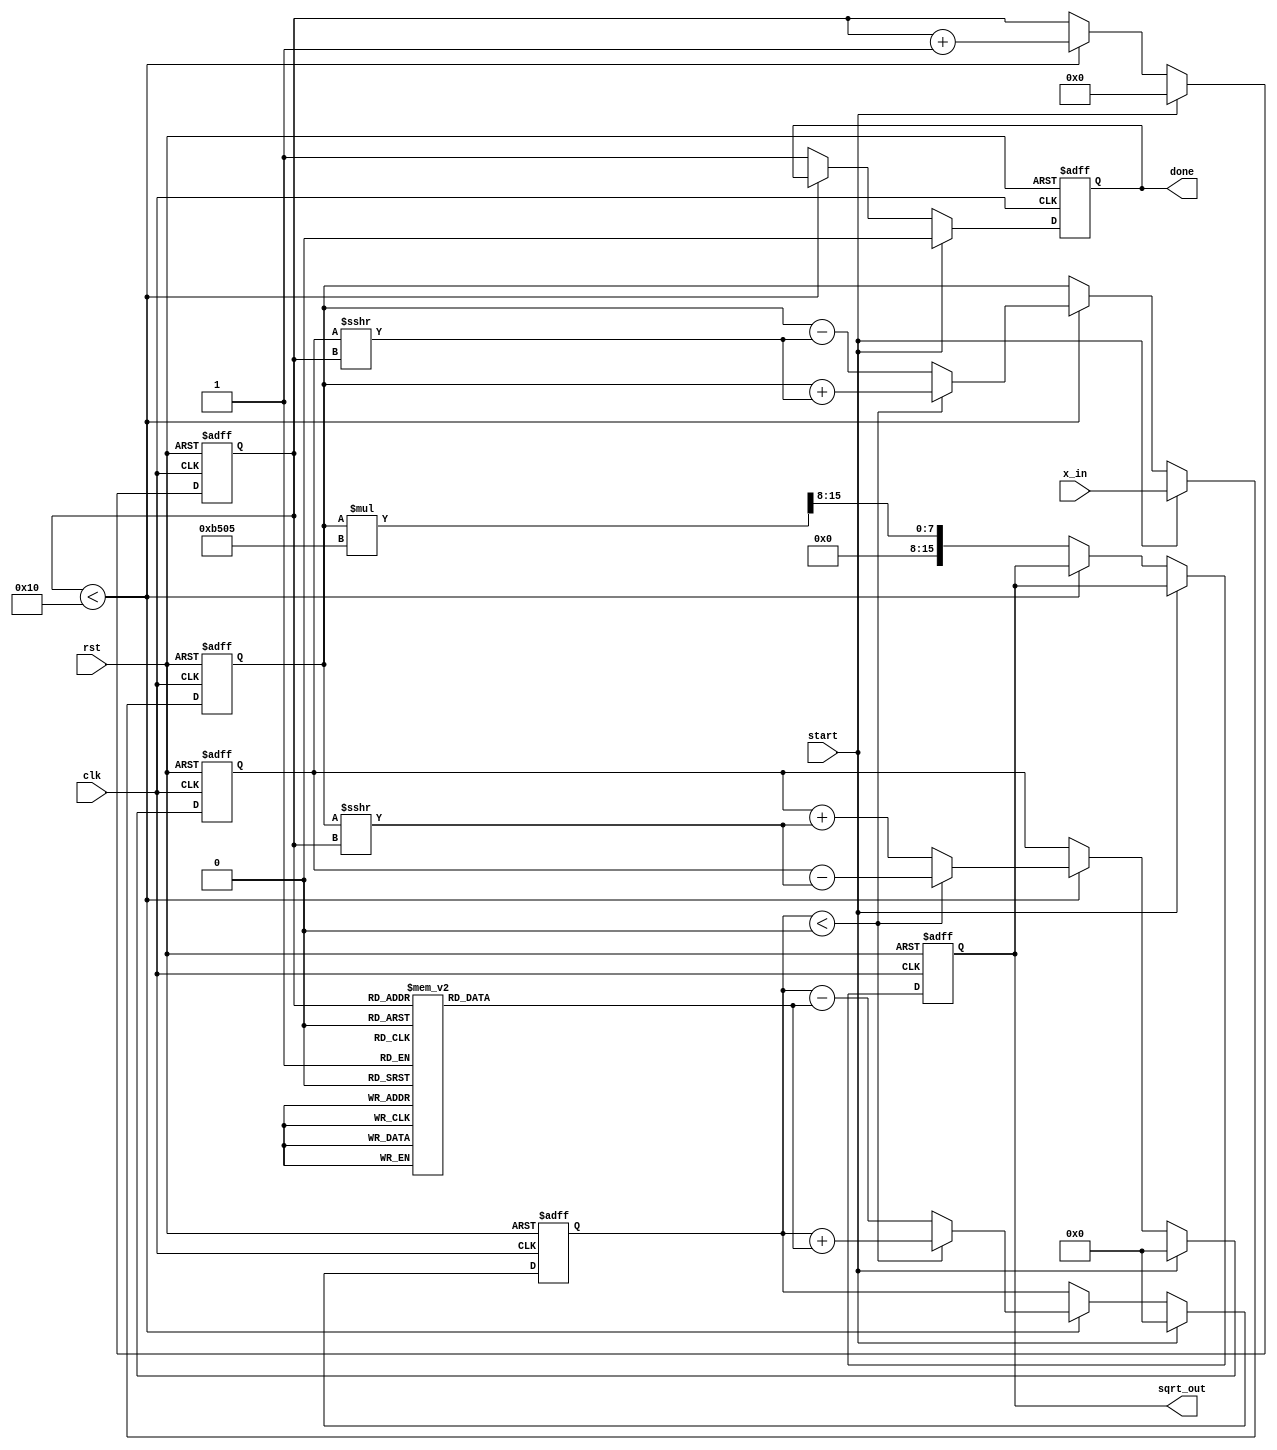
module cordic_sqrt (
    input wire clk,
    input wire rst,
    input wire start,
    input wire [15:0] x_in, // Input value for which square root is calculated
    output reg [15:0] sqrt_out, // Output square root result
    output reg done // Indicates completion of calculation
);

    // CORDIC parameters
    parameter NUM_ITERATIONS = 16; // Number of iterations
    parameter K = 16'hB505; // Gain factor (K = 1/sqrt(1 + 2^(-2n)))
    
    // Internal registers
    reg [15:0] x; // Current x value
    reg [15:0] y; // Current y value
    reg [15:0] z; // Current angle
    reg [3:0] iteration; // Iteration counter
    reg [15:0] angle_table [0:NUM_ITERATIONS-1]; // Arctangent values

    // Initialize angle table
    initial begin
        angle_table[0] = 16'h26DB; // atan(2^0)
        angle_table[1] = 16'h1C71; // atan(2^-1)
        angle_table[2] = 16'h14AE; // atan(2^-2)
        angle_table[3] = 16'h0D6E; // atan(2^-3)
        angle_table[4] = 16'h06B4; // atan(2^-4)
        angle_table[5] = 16'h0351; // atan(2^-5)
        angle_table[6] = 16'h01A8; // atan(2^-6)
        angle_table[7] = 16'h00D5; // atan(2^-7)
        angle_table[8] = 16'h006E; // atan(2^-8)
        angle_table[9] = 16'h0037; // atan(2^-9)
        angle_table[10] = 16'h001B; // atan(2^-10)
        angle_table[11] = 16'h000D; // atan(2^-11)
        angle_table[12] = 16'h0006; // atan(2^-12)
        angle_table[13] = 16'h0003; // atan(2^-13)
        angle_table[14] = 16'h0001; // atan(2^-14)
        angle_table[15] = 16'h0000; // atan(2^-15)
    end

    // State machine for CORDIC iterations
    always @(posedge clk or posedge rst) begin
        if (rst) begin
            x <= 0;
            y <= 0;
            z <= 0;
            iteration <= 0;
            sqrt_out <= 0;
            done <= 0;
        end else if (start) begin
            // Initialize values for square root calculation
            x <= x_in;
            y <= 0; // Start with y = 0
            z <= 0; // Start with angle = 0
            iteration <= 0;
            done <= 0;
        end else if (iteration < NUM_ITERATIONS) begin
            // CORDIC iterative process
            if (z < 0) begin
                // Rotate counter-clockwise
                x <= x + (y >>> iteration);
                y <= y - (x >>> iteration);
                z <= z + angle_table[iteration];
            end else begin
                // Rotate clockwise
                x <= x - (y >>> iteration);
                y <= y + (x >>> iteration);
                z <= z - angle_table[iteration];
            end
            iteration <= iteration + 1;
        end else begin
            // Final output calculation
            sqrt_out <= (x * K) >>> 8; // Scale by gain factor
            done <= 1; // Indicate completion
        end
    end

endmodule